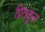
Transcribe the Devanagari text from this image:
प्रितकूल